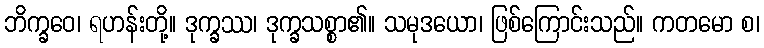
ဘိက္ခဝေ၊ ရဟန်းတို့။ ဒုက္ခဿ၊ ဒုက္ခသစ္စာ၏။ သမုဒယော၊ ဖြစ်ကြောင်းသည်။ ကတမော စ၊